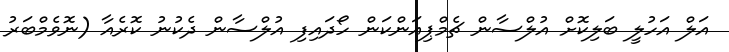
އަލް އަހުލީ ބަލިކޮށް އުލްސާން ޗެމްޕިއަންކަން ހޯދައިފި އުލްސާން ދެކުނު ކޮރެއާ (ނޮވެމްބަރު